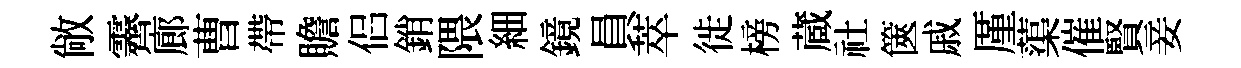
敞霽廊曹帶贍侣銷隈細鏡員萃徙榜蔵社篋戚厪蕖催賢妾